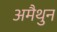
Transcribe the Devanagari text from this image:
अमैथुन